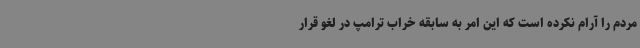
مردم را آرام نکرده است که این امر به سابقه خراب ترامپ در لغو قرار